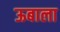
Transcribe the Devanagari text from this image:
ऊबाला